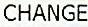
CHANGE